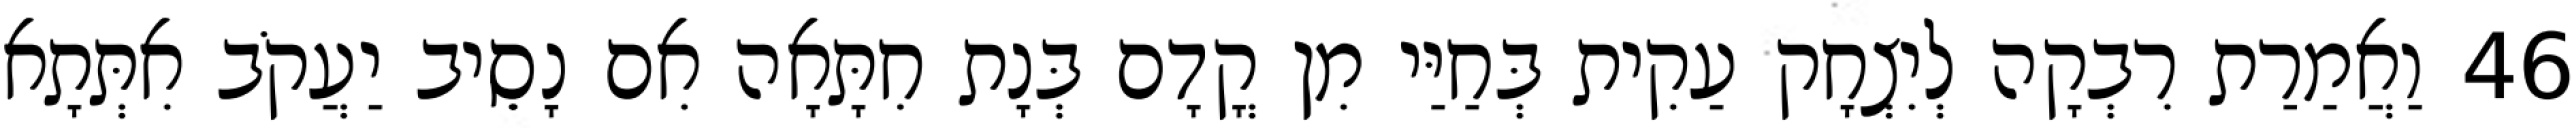
46 וַאֲמַרַת רִבְקָה לְיִצְחָק עַקִית בְּחַיַּי מִן קֳדָם בְּנָת חִתָּאָה אִם נָסֵיב יַעֲקֹב אִתְּתָא